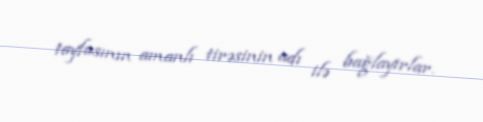
tayfasının amanlı tirəsinin adı ilə bağlayırlar.